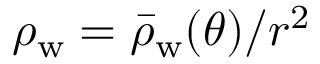
\rho _ { \mathrm { w } } = \bar { \rho } _ { \mathrm { w } } ( \theta ) / r ^ { 2 }